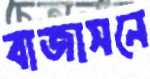
বাজাসনে